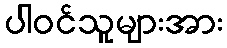
ပါဝင်သူများအား